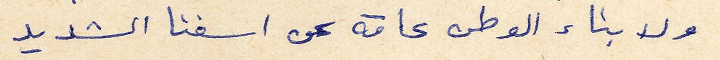
ولابناء الوطن عامة عن اسفنا الشديد